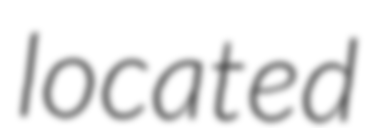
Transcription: located